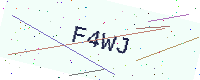
Text: F4WJ